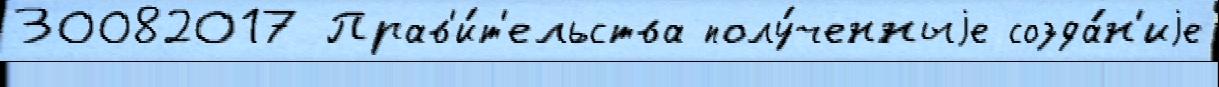
30082017 Прав'и́т'ельства полу́ченныjе созда́н'иjе